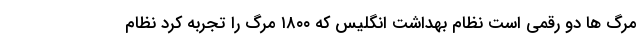
مرگ ها دو رقمی است نظام بهداشت انگلیس که ۱۸۰۰ مرگ را تجربه کرد نظام